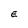
Character: E